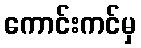
ကောင်းကင်မှ